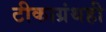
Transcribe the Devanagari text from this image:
टीकाग्रंथही